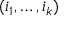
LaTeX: ( i _ { 1 } , \dots , i _ { k } )